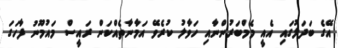
އޭގެ ބަދަލުގައި އެއީ މެމްބަރުންނާއި ހަވާލު ކުރެވޭ އަމާނާތެއްކަން ރައީސް މައުމޫނު ފާހަގަ